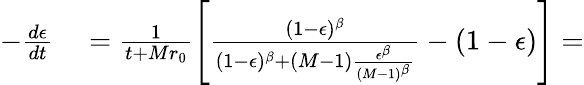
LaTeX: \begin{array}{rl}{-\frac{d\epsilon}{dt}}&{{}=\frac{1}{t+Mr_{0}}\left[\frac{(1-\epsilon)^{\beta}}{(1-\epsilon)^{\beta}+(M-1)\frac{\epsilon^{\beta}}{(M-1)^{\beta}}}-(1-\epsilon)\right]=}\end{array}